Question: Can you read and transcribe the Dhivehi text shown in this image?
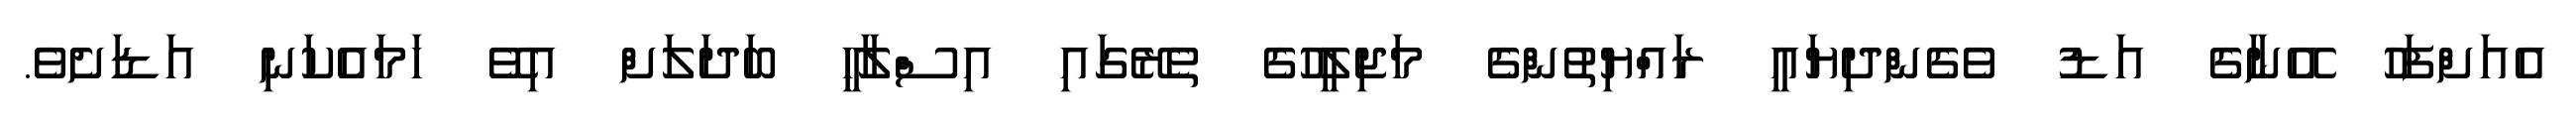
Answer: އެއަށްފަހު އޭނާގެ އަޑު ވެގެންދިޔައީ ރައްޔިތުންގެ މަޖިލީހުގެ ތެރޭގައި އިސްލާހީ ބަދަލަށް އިވޭ ހަމައެކަނި އަޑަށެވެ.